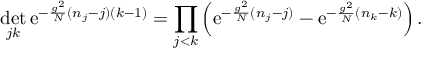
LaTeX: \operatorname * { d e t } _ { j k } \mathrm { e } ^ { - \frac { g ^ { 2 } } { N } ( n _ { j } - j ) ( k - 1 ) } = \prod _ { j < k } \left( \mathrm { e } ^ { - \frac { g ^ { 2 } } { N } ( n _ { j } - j ) } - \mathrm { e } ^ { - \frac { g ^ { 2 } } { N } ( n _ { k } - k ) } \right) .